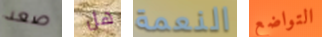
صعد هل النعمة التواضع